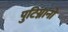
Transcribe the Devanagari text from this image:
पुटिग्नानो